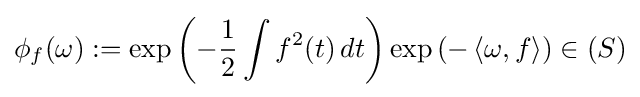
\phi _{f}(\omega ):=\exp \left(-{\frac {1}{2}}\int f^{2}(t)\,dt\right)\exp \left(-\left\langle \omega ,f\right\rangle \right)\in (S)